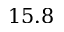
1 5 . 8